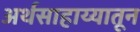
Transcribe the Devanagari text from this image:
अर्थसाहाय्यातून